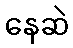
နေဆဲ